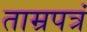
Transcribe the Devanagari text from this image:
ताम्रपत्रं